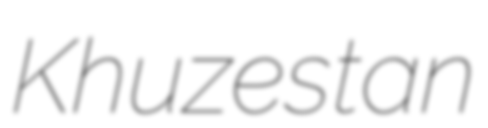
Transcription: Khuzestan